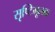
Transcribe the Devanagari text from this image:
सृष्टिमूलक